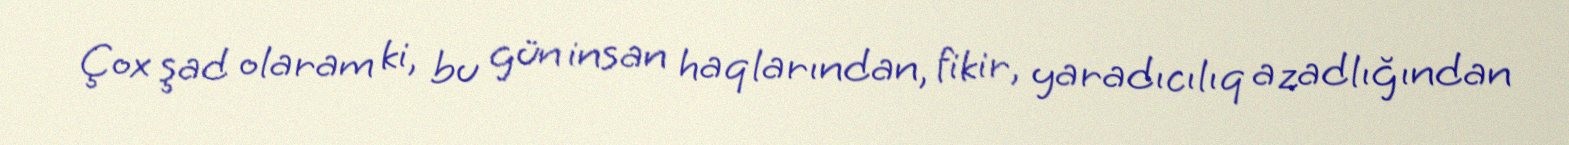
Çox şad olaram ki, bu gün insan haqlarından, fikir, yaradıcılıq azadlığından